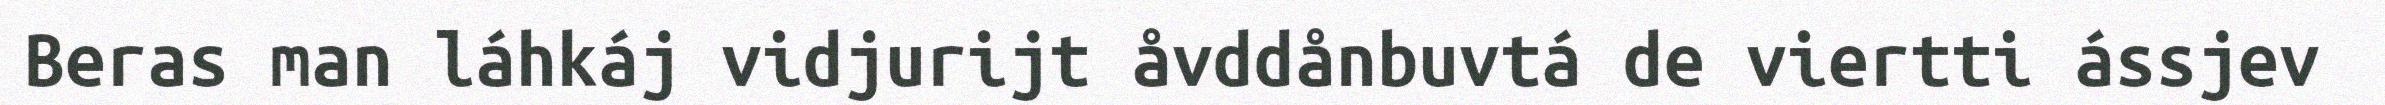
Beras man láhkáj vidjurijt åvddånbuvtá de viertti ássjev